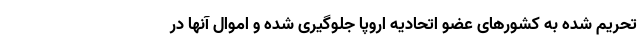
تحریم شده به کشورهای عضو اتحادیه اروپا جلوگیری شده و اموال آنها در